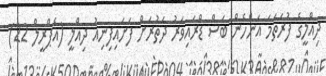
ދިއްލީގެ ފުރަތަމަ އަންހެން ބަސް ޑްރައިވަރު ދަތުރަށް ފަށައިފިނިއު ދިއްލީ (އެޕްރީލް 22)